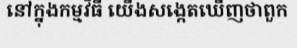
នៅក្នុងកម្មវិធី យើងសង្កេតឃើញថាពួក